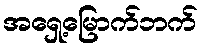
အရှေ့မြောက်ဘက်